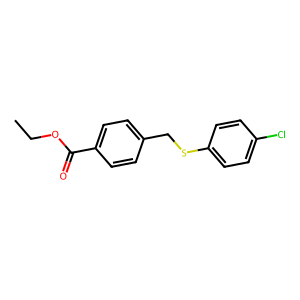
SMILES: CCOC(=O)c1ccc(CSc2ccc(Cl)cc2)cc1
Inhibits HIV replication: No